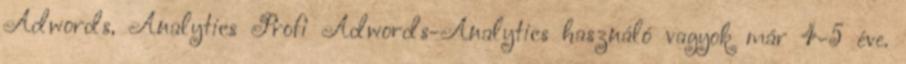
Adwords, Analytics Profi Adwords-Analytics használó vagyok már 4-5 éve.